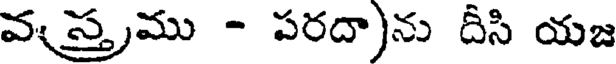
వస్త్రము - పరదా)ను దీసి యజ